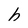
Character: h